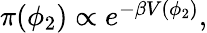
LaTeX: \begin{array}{r}{\pi(\phi_{2})\propto e^{-\beta V(\phi_{2})},}\end{array}